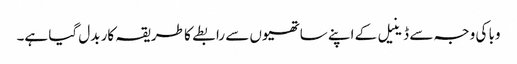
وبا کی وجہ سے ڈینیل کے اپنے ساتھیوں سے رابطے کا طریقہ کار بدل گیا ہے۔